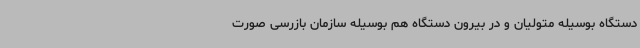
دستگاه بوسیله متولیان و در بیرون دستگاه هم بوسیله سازمان بازرسی صورت